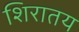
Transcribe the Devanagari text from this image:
शिरातय